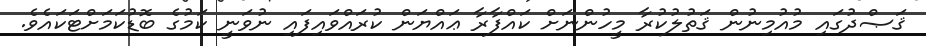
ޤަޞްދުގައި މުއުމިނުން ޤަތުލުކުރާ މީހުންނަށް ކައްފާރާ ޢައްޔަން ކުރައްވައިފައި ނުވަނީ ކަމުގެ ބޮޑުކަމަށްޓަކައެވެ.